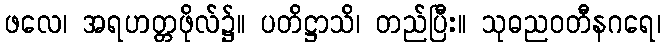
ဖလေ၊ အရဟတ္တဖိုလ်၌။ ပတိဋ္ဌာသိ၊ တည်ပြီး။ သုဓညဝတီနဂရေ၊